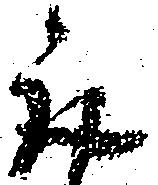
取